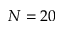
N = 2 0